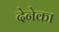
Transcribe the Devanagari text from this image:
देनेका